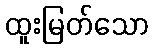
ထူးမြတ်သော